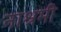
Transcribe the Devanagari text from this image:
नाश्रमी